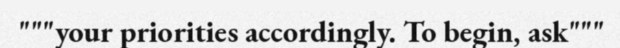
"""your priorities accordingly. To begin, ask"""